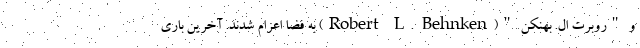
و "روبرت ال. بهنکن "(Robert L. Behnken) به فضا اعزام شدند. آخرین باری